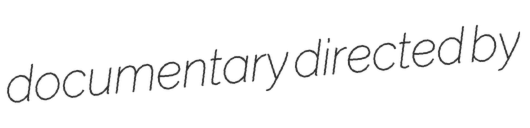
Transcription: documentary directed by